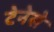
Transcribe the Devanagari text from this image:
टेनेसे